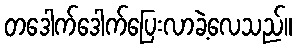
တဒေါက်ဒေါက်ပြေးလာခဲ့လေသည်။